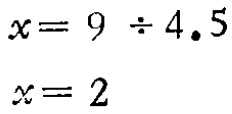
\[

\begin{align*}

x&=9\div4.5\\

x&=2

\end{align*}

\]